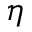
\eta